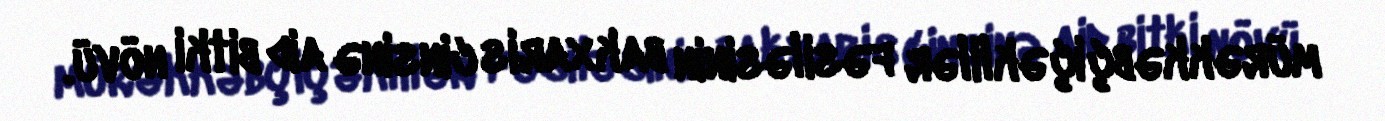
mürəkkəbçiçəklilər fəsiləsinin bakxaris cinsinə aid bitki növü.